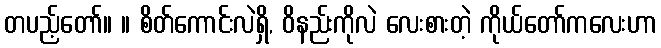
တပည့်တော်။ ။ စိတ်ကောင်းလဲရှိ, ဝိနည်းကိုလဲ လေးစားတဲ့ ကိုယ်တော်ကလေးဟာ